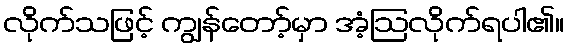
လိုက်သဖြင့် ကျွန်တော့်မှာ အံ့ဩလိုက်ရပါ၏။